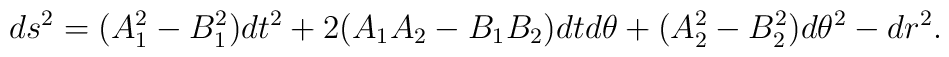
ds^2= (A_1^2-B_1^2) dt^2+2 (A_1 A_2-B_1 B_2)d t d\theta+(A_2^2-B^2_2)d\theta^2 -d r^2.